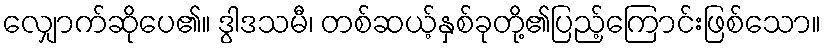
လျှောက်ဆိုပေ၏။ ဒွါဒသမီ၊ တစ်ဆယ့်နှစ်ခုတို့၏ပြည့်ကြောင်းဖြစ်သော။